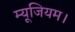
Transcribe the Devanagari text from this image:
म्यूजियम।